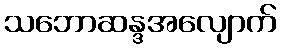
သဘောဆန္ဒအလျောက်